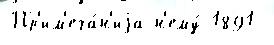
Пр'им'еча́н'иjа н'ему́ 1891